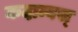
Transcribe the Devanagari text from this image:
कदाम्बस्